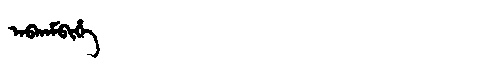
Manchu: ᠠᠪᡴᠠᠮᠪᡳᡥᡝ
Romanization: ABKAMBIHE